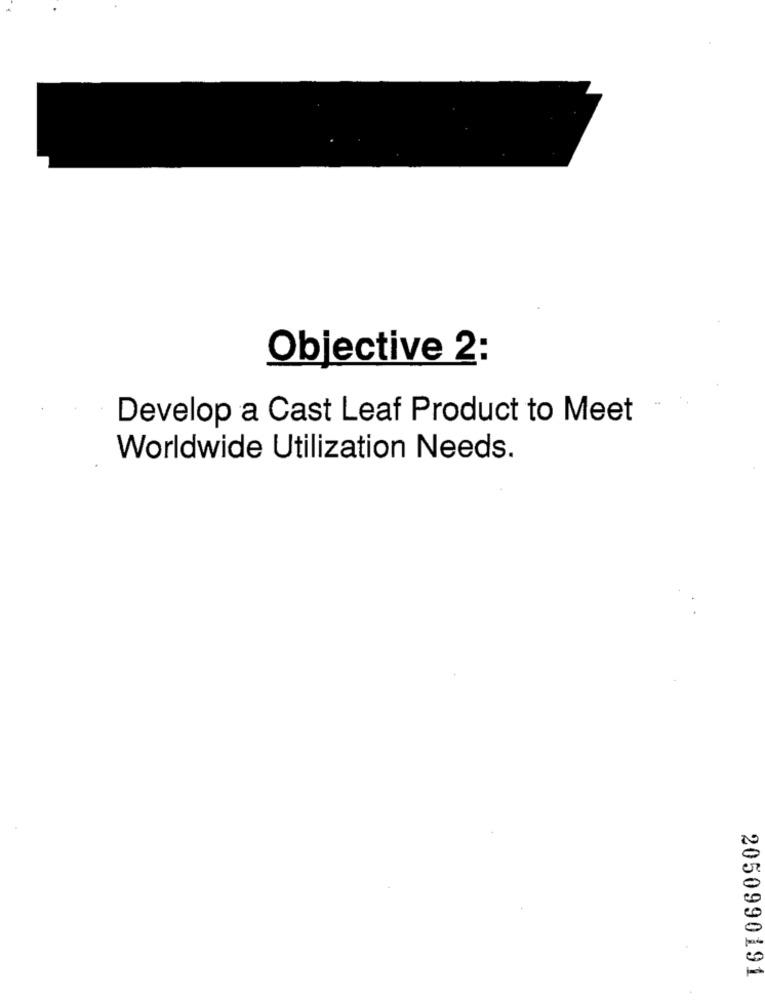
Objective 2:
Develop a Cast Leaf Product to Meet
Worldwide Utilization Needs.
2050990191